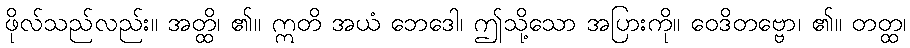
ဖိုလ်သည်လည်း။ အတ္ထိ၊ ၏။ ဣတိ အယံ ဘေဒေါ၊ ဤသို့သော အပြားကို။ ဝေဒိတဗ္ဗော၊ ၏။ တတ္ထ၊